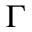
\Gamma